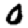
Digit: 0